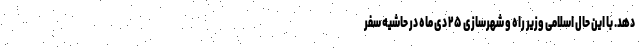
دهد. با این حال اسلامی وزیر راه و شهرسازی ۲۵ دی ماه در حاشیه سفر